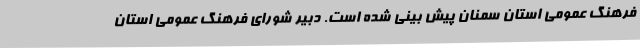
فرهنگ عمومی استان سمنان پیش بینی شده است. دبیر شورای فرهنگ عمومی استان